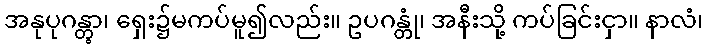
အနုပုဂန္တွာ၊ ရှေး၌မကပ်မူ၍လည်း။ ဥပဂန္တုံ၊ အနီးသို့ ကပ်ခြင်းငှာ။ နာလံ၊